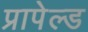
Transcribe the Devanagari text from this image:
प्रापेल्ड